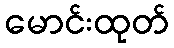
မောင်းထုတ်